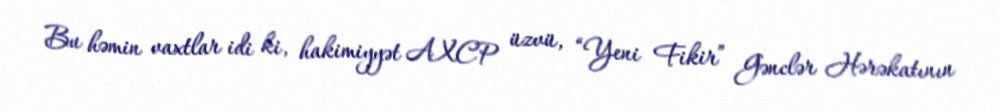
Bu həmin vaxtlar idi ki, hakimiyyət AXCP üzvü, “Yeni Fikir” Gənclər Hərəkatının